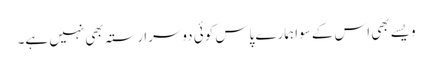
ویسے بھی اس کے سوا ہمارے پاس کوئی دوسرا رستہ بھی نہیں ہے۔